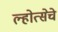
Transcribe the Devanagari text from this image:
ल्होत्सेचे